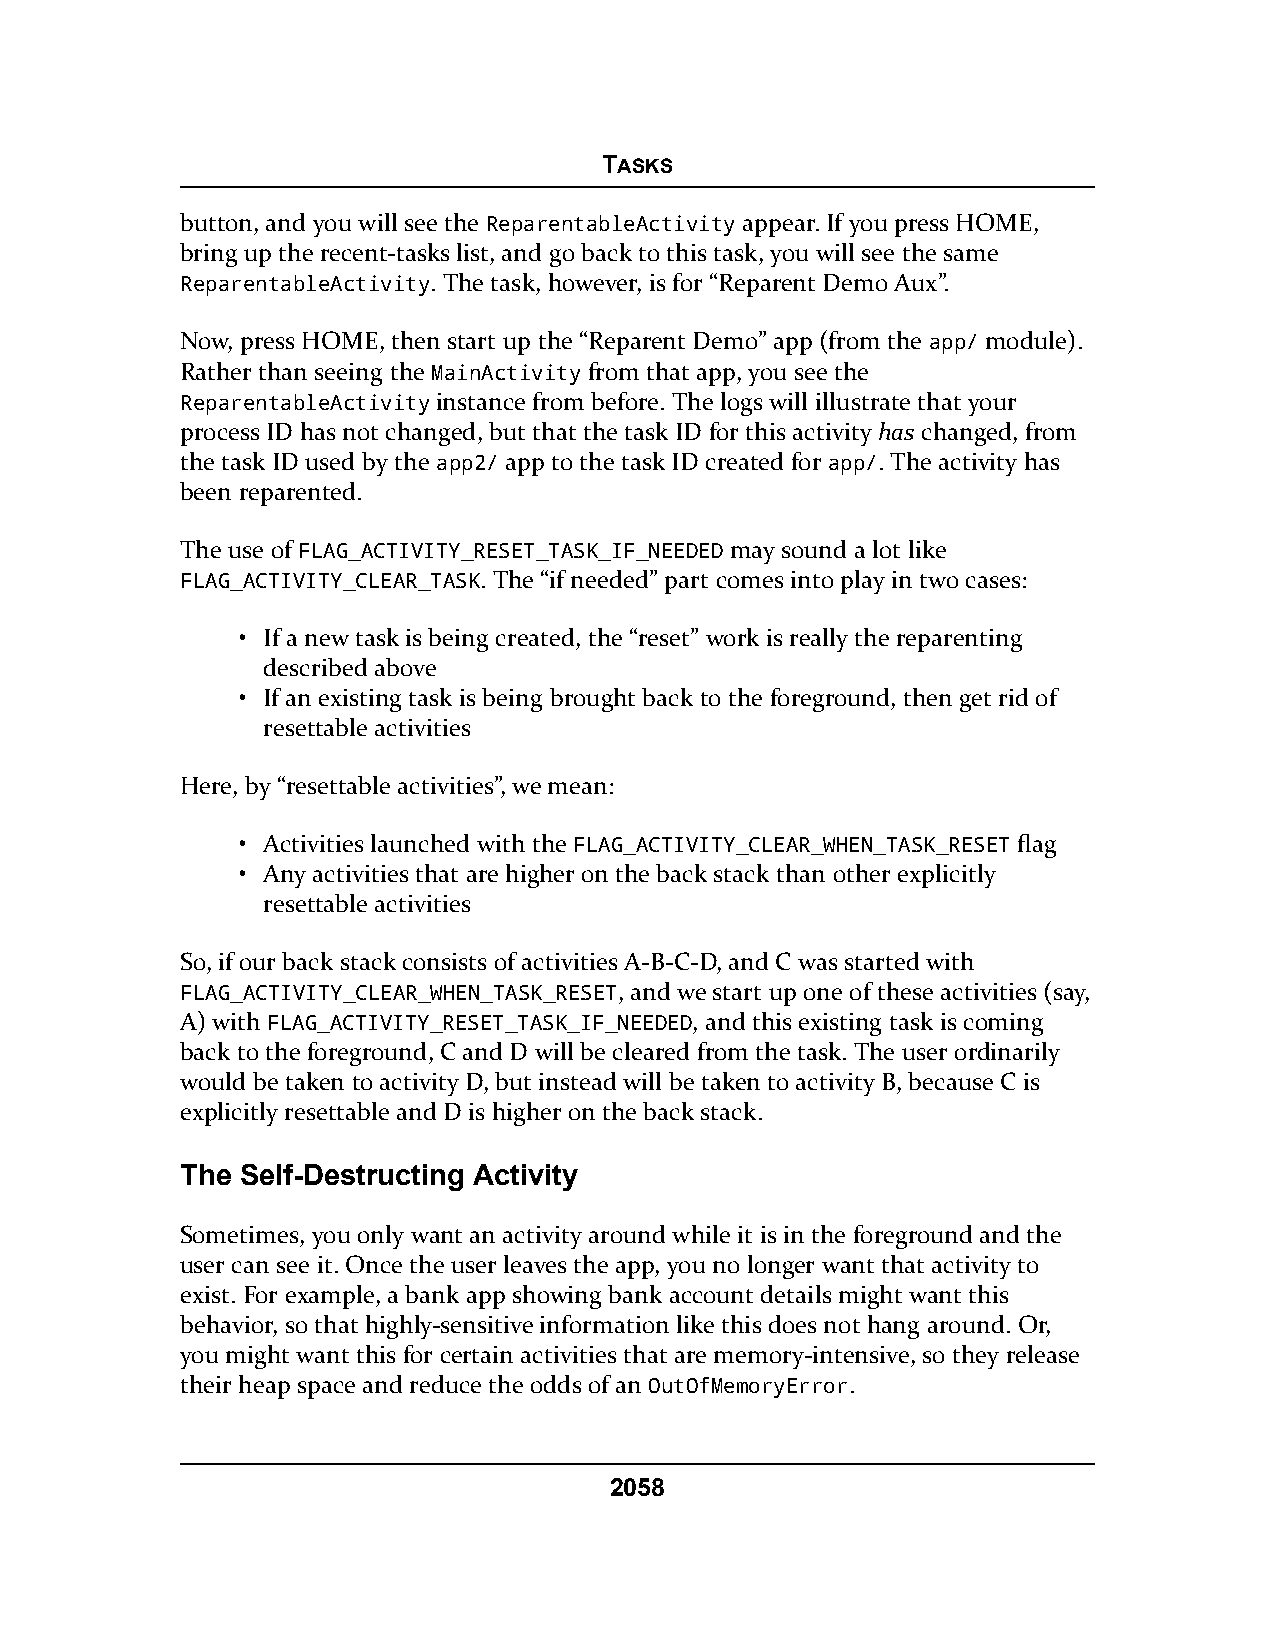
TASKS
 button, and you will see the ReparentableActivity appear. If you press HOME,
 bring up the recent-tasks list, and go back to this task, you will see the same
 ReparentableActivity. The task, however, is for “Reparent Demo Aux”.
 Now, press HOME, then start up the “Reparent Demo” app (from the app/ module).
 Rather than seeing the MainActivity from that app, you see the
 ReparentableActivity instance from before. The logs will illustrate that your
 process ID has not changed, but that the task ID for this activity has changed, from
 the task ID used by the app2/ app to the task ID created for app/. The activity has
 been reparented.
 The use of FLAG_ACTIVITY_RESET_TASK_IF_NEEDED may sound a lot like
 FLAG_ACTIVITY_CLEAR_TASK. The “if needed” part comes into play in two cases:
 • If a new task is being created, the “reset” work is really the reparenting
 described above
 • If an existing task is being brought back to the foreground, then get rid of
 resettable activities
 Here, by “resettable activities”, we mean:
 • Activities launched with the FLAG_ACTIVITY_CLEAR_WHEN_TASK_RESET flag
 • Any activities that are higher on the back stack than other explicitly
 resettable activities
 So, if our back stack consists of activities A-B-C-D, and C was started with
 FLAG_ACTIVITY_CLEAR_WHEN_TASK_RESET, and we start up one of these activities (say,
 A) with FLAG_ACTIVITY_RESET_TASK_IF_NEEDED, and this existing task is coming
 back to the foreground, C and D will be cleared from the task. The user ordinarily
 would be taken to activity D, but instead will be taken to activity B, because C is
 explicitly resettable and D is higher on the back stack.
 The Self-Destructing Activity
 Sometimes, you only want an activity around while it is in the foreground and the
 user can see it. Once the user leaves the app, you no longer want that activity to
 exist. For example, a bank app showing bank account details might want this
 behavior, so that highly-sensitive information like this does not hang around. Or,
 you might want this for certain activities that are memory-intensive, so they release
 their heap space and reduce the odds of an OutOfMemoryError.
 2058